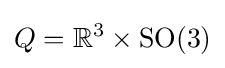
Q=\mathbb {R} ^{3}\times \mathrm {SO} (3)